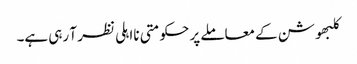
کلبھوشن کے معاملے پر حکومتی نااہلی نظر آ رہی ہے۔